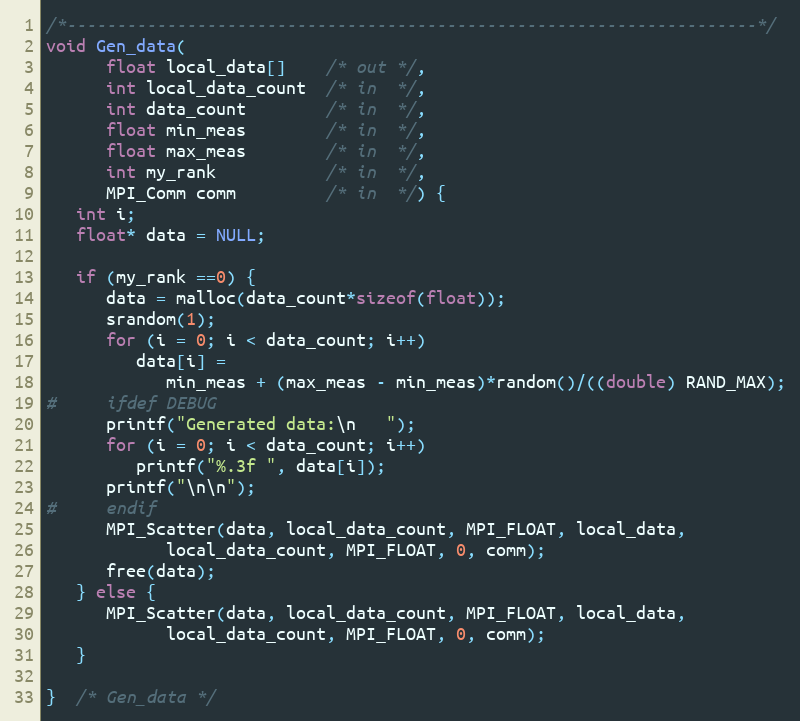
Language: C
/*---------------------------------------------------------------------*/
void Gen_data(
      float local_data[]    /* out */,
      int local_data_count  /* in  */,
      int data_count        /* in  */,
      float min_meas        /* in  */,
      float max_meas        /* in  */,
      int my_rank           /* in  */,
      MPI_Comm comm         /* in  */) {
   int i;
   float* data = NULL;

   if (my_rank ==0) {
      data = malloc(data_count*sizeof(float));
      srandom(1);
      for (i = 0; i < data_count; i++)
         data[i] =
            min_meas + (max_meas - min_meas)*random()/((double) RAND_MAX);
#     ifdef DEBUG
      printf("Generated data:\n   ");
      for (i = 0; i < data_count; i++)
         printf("%.3f ", data[i]);
      printf("\n\n");
#     endif
      MPI_Scatter(data, local_data_count, MPI_FLOAT, local_data,
            local_data_count, MPI_FLOAT, 0, comm);
      free(data);
   } else {
      MPI_Scatter(data, local_data_count, MPI_FLOAT, local_data,
            local_data_count, MPI_FLOAT, 0, comm);
   }

}  /* Gen_data */